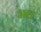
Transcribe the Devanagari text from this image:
जघ